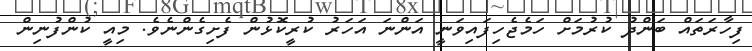
ފިހާރަތައް ބަންދު ކުރުމަށް ހަމެޖެހިފައިވަނީ އަންނަ އަހަރު ކުރީކޮޅުން ފެށިގެންނެވެ. މިއީ ކުންފުނިން